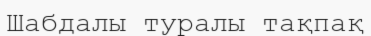
Шабдалы туралы тақпақ